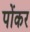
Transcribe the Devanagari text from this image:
पोंकर